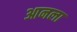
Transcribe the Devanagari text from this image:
आनला